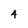
Character: 4